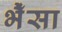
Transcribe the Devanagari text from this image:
भैँसा